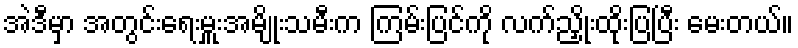
အဲဒီမှာ အတွင်းရေးမှူးအမျိုးသမီးက ကြမ်းပြင်ကို လက်ညှိုးထိုးပြပြီး မေးတယ်။